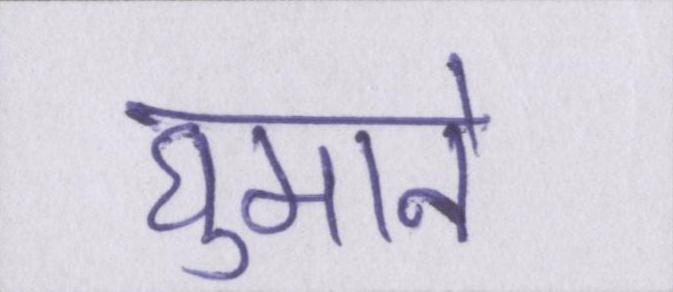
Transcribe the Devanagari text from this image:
घुमाने